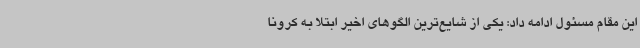
این مقام مسئول ادامه داد: یکی از شایع‌ترین الگوهای اخیر ابتلا به کرونا